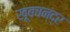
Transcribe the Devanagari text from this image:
खूबचन्द्र